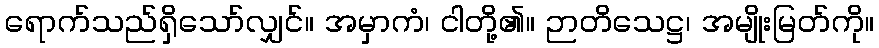
ရောက်သည်ရှိသော်လျှင်။ အမှာကံ၊ ငါတို့၏။ ဉာတိသေဋ္ဌ၊ အမျိုးမြတ်ကို။